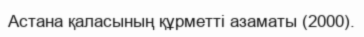
Астана қаласының құрметті азаматы (2000).